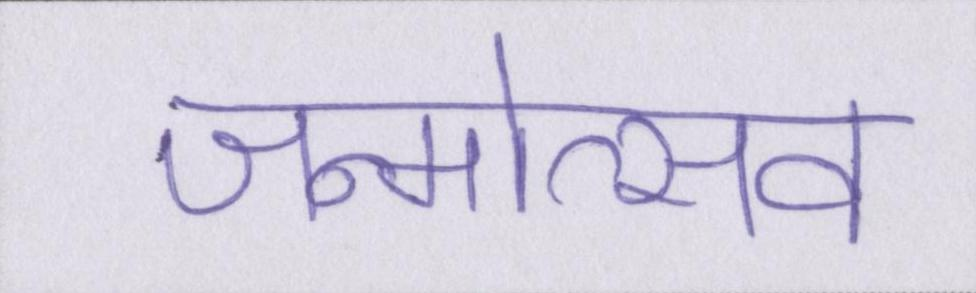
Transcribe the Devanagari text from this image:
जन्मोत्सव